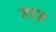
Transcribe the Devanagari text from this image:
डटा।